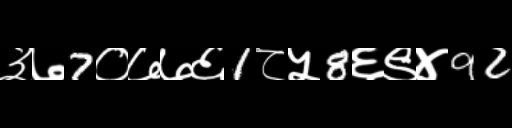
Text: ३७7०७७६1८५8६९४92